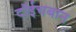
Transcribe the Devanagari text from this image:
दॉईचबान